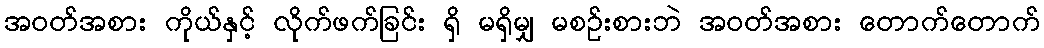
အဝတ်အစား ကိုယ်နှင့် လိုက်ဖက်ခြင်း ရှိ မရှိမျှ မစဉ်းစားဘဲ အဝတ်အစား တောက်တောက်